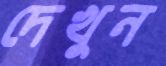
দেখুন